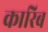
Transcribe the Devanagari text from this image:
कारिब